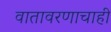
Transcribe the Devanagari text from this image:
वातावरणाचाही